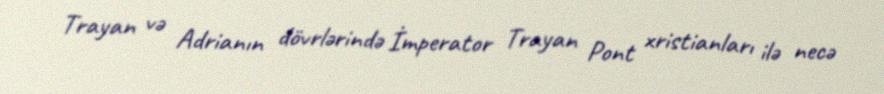
Trayan və Adrianın dövrlərində İmperator Trayan Pont xristianları ilə necə